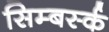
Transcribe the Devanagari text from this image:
सिम्बर्स्क